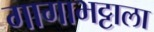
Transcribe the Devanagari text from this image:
गागाभट्टाला